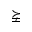
\succneqq